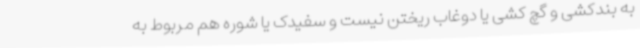
به بندکشی و گچ کشی یا دوغاب ریختن نیست و سفیدک یا شوره هم مربوط به